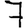
Digit: 7